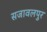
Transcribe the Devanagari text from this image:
सजावलपुर